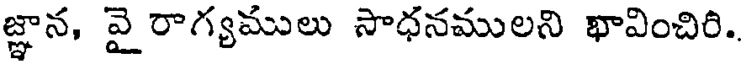
జ్ఞాన, వై రాగ్యములు సాధనములని ఖావించిరి..